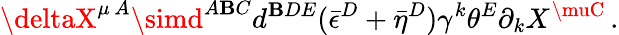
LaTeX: \deltaX^{\mu\, A}\simd^{A\mathbf{B}C}d^{\mathbf{B}DE}(\bar{{\epsilon}}^{D}+\bar{{\eta}}^{D})\gamma^{k}\theta^{E}\partial_{k}X^{\muC}\, .